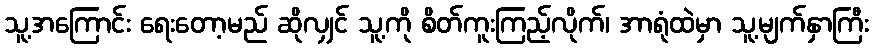
သူ့အကြောင်း ရေးတော့မည် ဆိုလျှင် သူ့ကို စိတ်ကူးကြည့်လိုက်၊ အာရုံထဲမှာ သူ့မျက်နှာကြီး